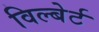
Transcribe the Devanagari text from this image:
विल्बेर्ट